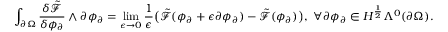
\int _ { \partial \Omega } \frac { \delta \tilde { \mathcal { F } } } { \delta \phi _ { \partial } } \wedge \partial \phi _ { \partial } = \operatorname* { l i m } _ { \epsilon \to 0 } \frac { 1 } { \epsilon } \big ( \tilde { \mathcal { F } } ( \phi _ { \partial } + \epsilon \partial \phi _ { \partial } ) - \tilde { \mathcal { F } } ( \phi _ { \partial } ) \big ) , \ \forall \partial \phi _ { \partial } \in H ^ { \frac { 1 } { 2 } } \Lambda ^ { 0 } ( \partial \Omega ) .